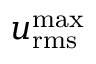
u _ { \mathrm { r m s } } ^ { \operatorname* { m a x } }